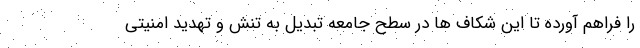
را فراهم آورده تا این شکاف ها در سطح جامعه تبدیل به تنش و تهدید امنیتی